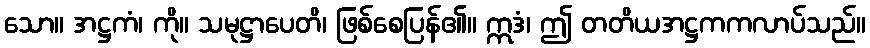
သော။ အဋ္ဌကံ၊ ကို။ သမုဋ္ဌာပေတိ၊ ဖြစ်စေပြန်၏။ ဣဒံ၊ ဤ တတိယအဋ္ဌကကလာပ်သည်။